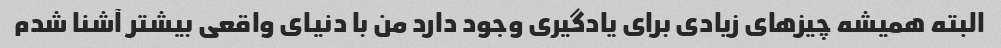
البته همیشه چیزهای زیادی برای یادگیری وجود دارد من با دنیای واقعی بیشتر آشنا شدم